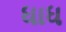
ધાધ